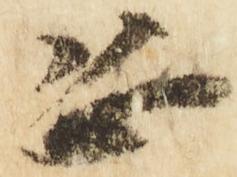
恐